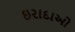
ઇરાદાઓ